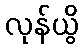
လုန်ယွိ